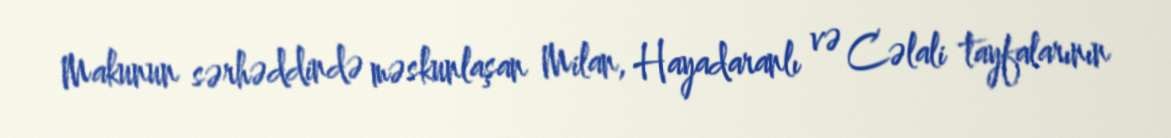
Makunun sərhəddində məskunlaşan Milan, Hayadaranlı və Cəlali tayfalarının